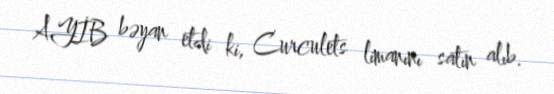
AYİB bəyan etdi ki, Curculets limanını satın alıb.